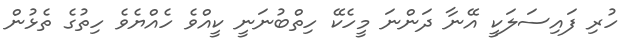
ހުރި ފައިސަލަކީ އޭނާ ދަންނަ މީހެކޭ ހިތްބުނަނީ ކީއްވެ ހެއްޔެވެ ހިތުގެ ތެޅުން